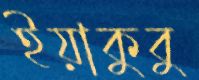
ইয়াকুবু